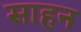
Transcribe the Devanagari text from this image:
साहन